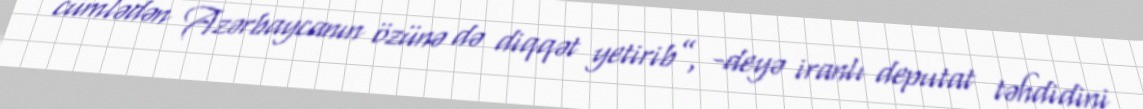
cümlədən Azərbaycanın özünə də diqqət yetirib”, -deyə iranlı deputat təhdidini